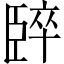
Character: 𫇈